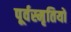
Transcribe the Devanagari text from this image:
पूर्वस्मृतियों